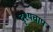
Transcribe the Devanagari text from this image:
दृश्यचाप